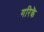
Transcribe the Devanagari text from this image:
गरिकॆ